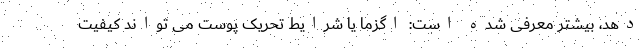
دهد، بیشتر معرفی شده است: اگزما یا شرایط تحریک پوست می تواند کیفیت